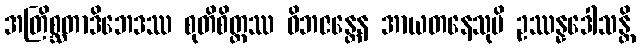
အတြိစ္ဆတာဒိဘေဒဿ စုတိစိတ္တဿ ဝိဘဇန္တေန အာယတနေသုပိ ဥဿန္နဒေါသန္တိ